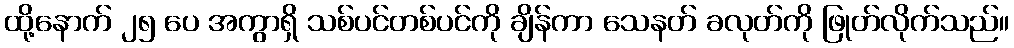
ထို့နောက် ၂၅ ပေ အကွာရှိ သစ်ပင်တစ်ပင်ကို ချိန်ကာ သေနတ် ခလုတ်ကို ဖြုတ်လိုက်သည်။